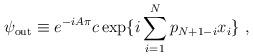
LaTeX: \begin{align*}\psi_{\rm out} \equiv e^{-i A \pi} c \exp \{ i \sum_{i=1}^N p_{N + 1 - i} x_i \}\,\,,\end{align*}